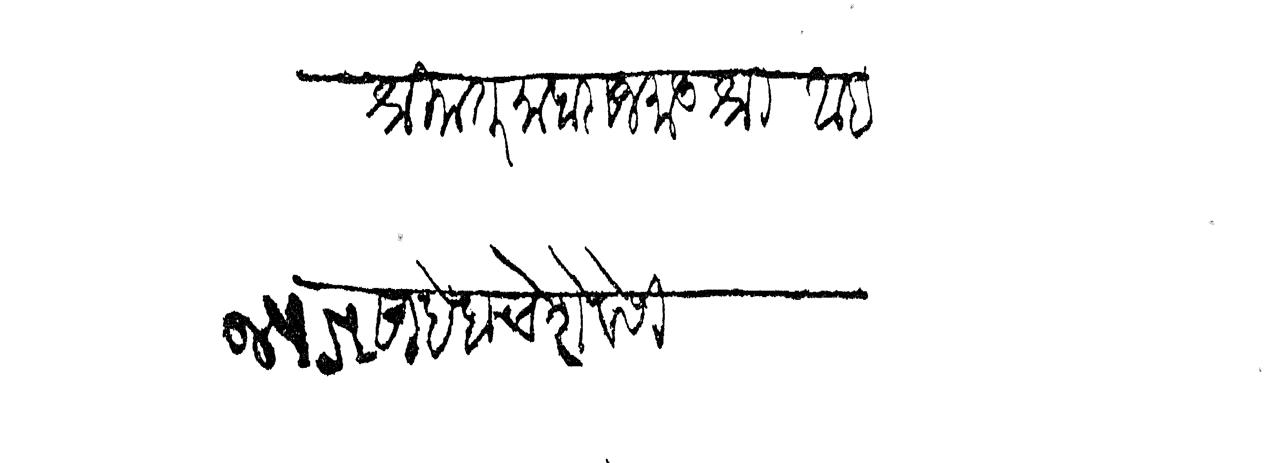
Transliteration (Devanagari): श्रीमंत माहाराज मातुश्री आईसाहेबाचे शेवेसी